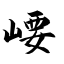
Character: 崾